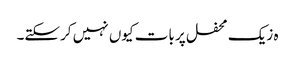
ہ زیک محفل پر بات کیوں نہیں کرسکتے۔